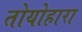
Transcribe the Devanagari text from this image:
तोयोहारा